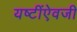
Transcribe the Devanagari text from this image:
यष्टींऐवजी